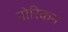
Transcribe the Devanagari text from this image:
नोरिकन